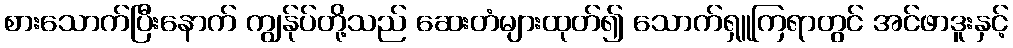
စားသောက်ပြီးနောက် ကျွန်ုပ်တို့သည် ဆေးတံများထုတ်၍ သောက်ရှူကြရာတွင် အင်ဖာဒူးနှင့်